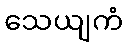
သေယျကံ